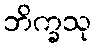
ဘိက္ခသု